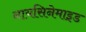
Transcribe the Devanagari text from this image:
नायसिनेमाइड